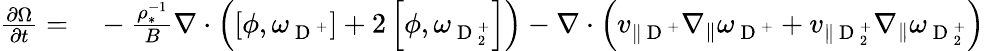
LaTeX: \begin{array}{rl}{\frac{\partial\Omega}{\partial t}=}&{{}-\frac{\rho_{*}^{-1}}{B}\nabla\cdot\left(\left[\phi,\mathbf{\omega}_{\mathrm{~D~}^{+}}\right]+2\left[\phi,\mathbf{\omega}_{\mathrm{~D~}_{2}^{+}}\right]\right)-\nabla\cdot\left(v_{\| \mathrm{~D~}^{+}}\nabla_{\| }\mathbf{\omega}_{\mathrm{~D~}^{+}}+v_{\| \mathrm{~D~}_{2}^{+}}\nabla_{\| }\mathbf{\omega}_{\mathrm{~D~}_{2}^{+}}\right)}\end{array}